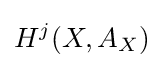
H^{j}(X,A_{X})